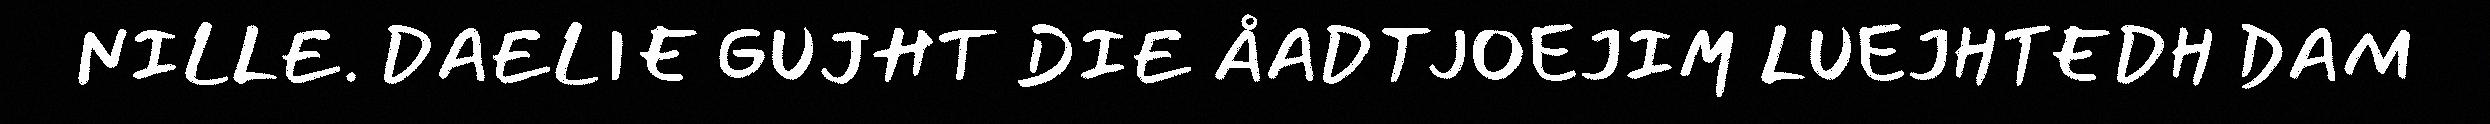
NILLE. DAELIE GUJHT DIE ÅADTJOEJIM LUEJHTEDH DAM